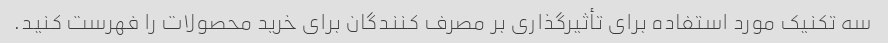
سه تکنیک مورد استفاده برای تأثیرگذاری بر مصرف کنندگان برای خرید محصولات را فهرست کنید.